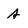
Character: A